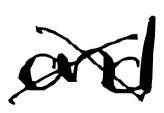
Text: and
Cross-out: cross
Writing tool: digital_black